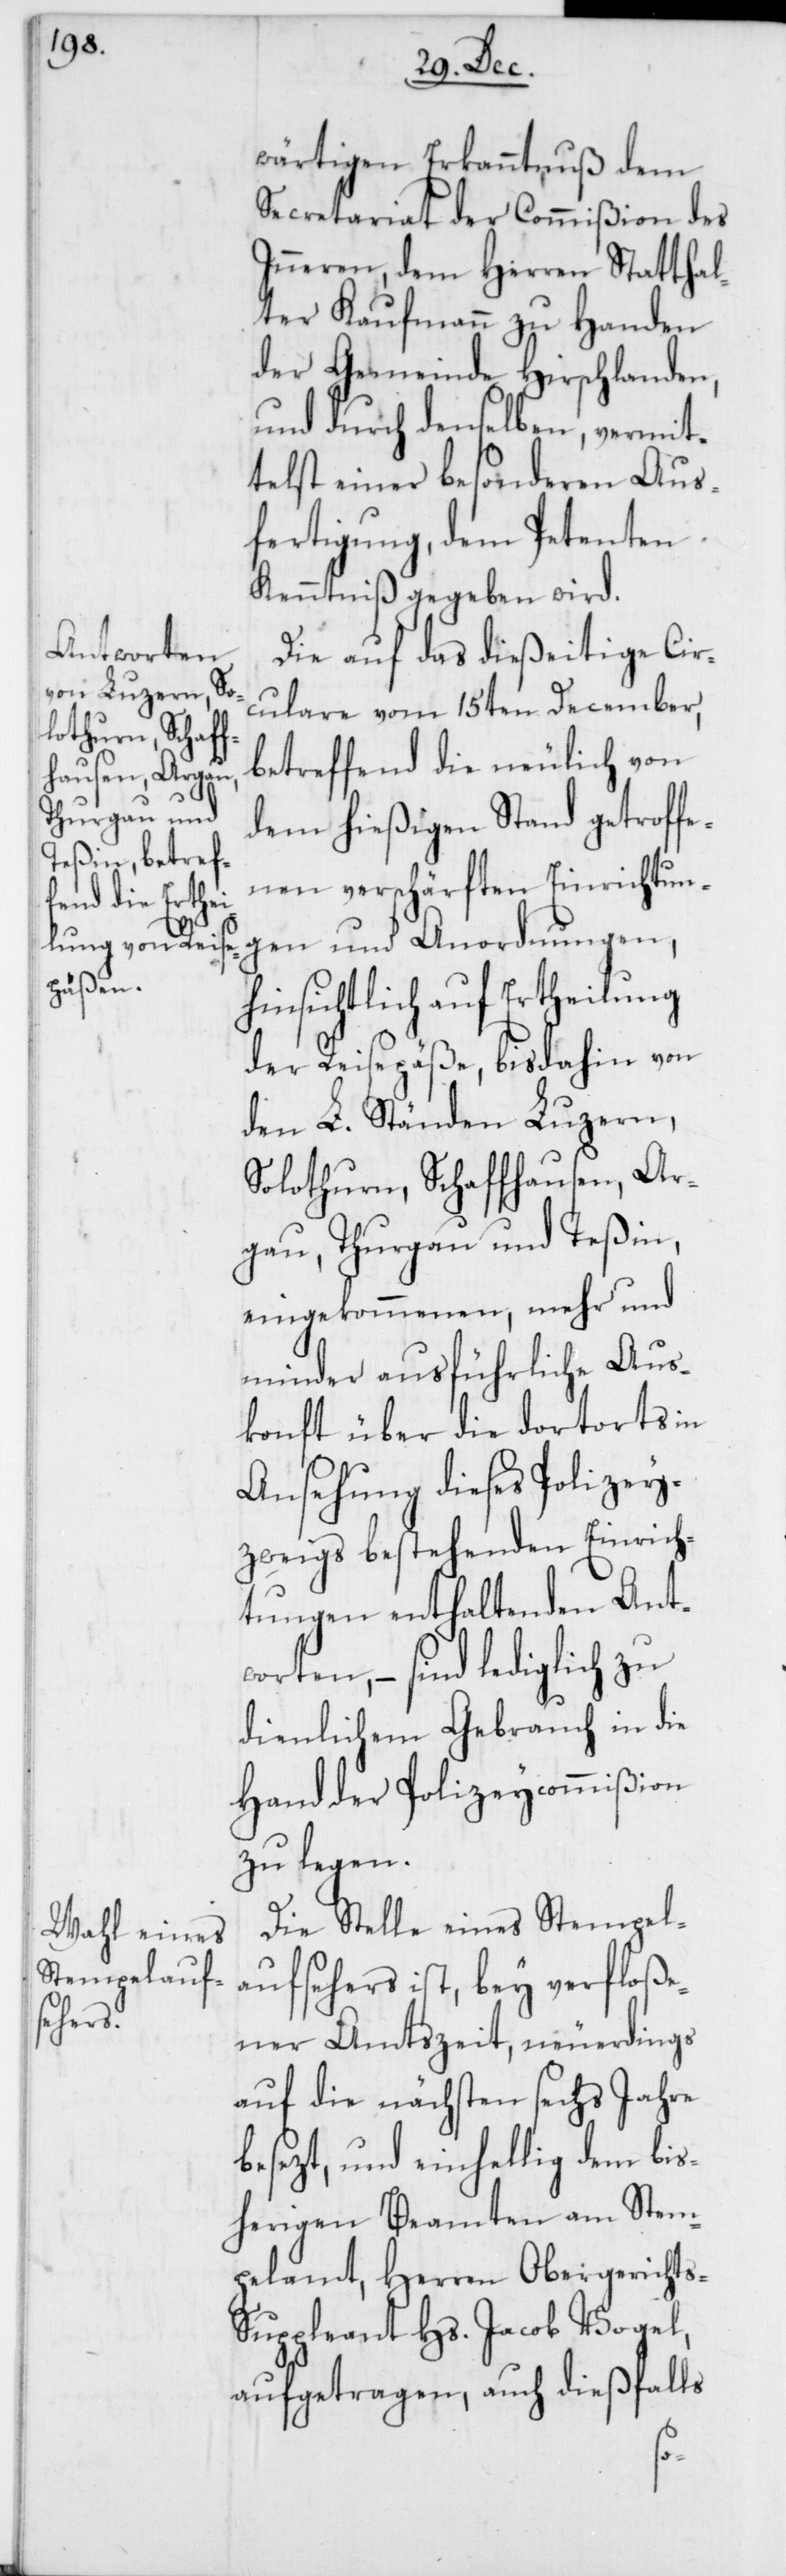
wärtigen Erkanntnuß dem
Secretariat der Commißion des
Inneren, dem Herren Statthal¬
ter Kaufmann zu Handen
der Gemeinde Hirschlanden,
und durch denselben, vermit¬
telst einer besonderen Aus¬
fertigung, dem Petenten
Kenntniß gegeben wird.
Die auf das dießeitige Cir¬
culare vom 15ten December,
betreffend die neulich von
dem hießigen Stand getroffe¬
nen verschärften Einrichtun¬
gen und Anordnungen,
hinsichtlich auf Ertheilung
der Reisepäße, bis dahin von
den L. Ständen Luzern,
Solothurn, Schaffhausen, Ar¬
gau, Thurgau und Teßin,
eingekommenen, mehr und
minder ausführliche Aus¬
konft über die dortorts in
Ansehung dieses Polizey¬
zweigs bestehenden Einrich¬
tungen enthaltenden Ant¬
worten, – sind lediglich zu
dienlichem Gebrauch in die
Hand der Polizeycommißion
zu legen.
Die Stelle eines Stempel¬
aufsehers ist, bey verfloße¬
ner Amtszeit, neuerdings
auf die nächsten sechs Jahre
besezt, und einhellig dem bis¬
herigen Beamten am Stem¬
pelamt, Herren Obergericht¬
uppleant Hs. Jacob Vogel,
aufgetragen, auch dießfalls
s-S¬